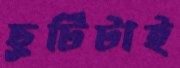
ছুটিটাই